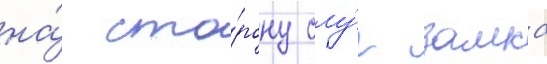
на́ сто́рону слу́г замка